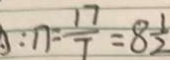
: 1 7 = \frac { 1 7 } { 7 } = 8 \frac { 1 } { 2 }